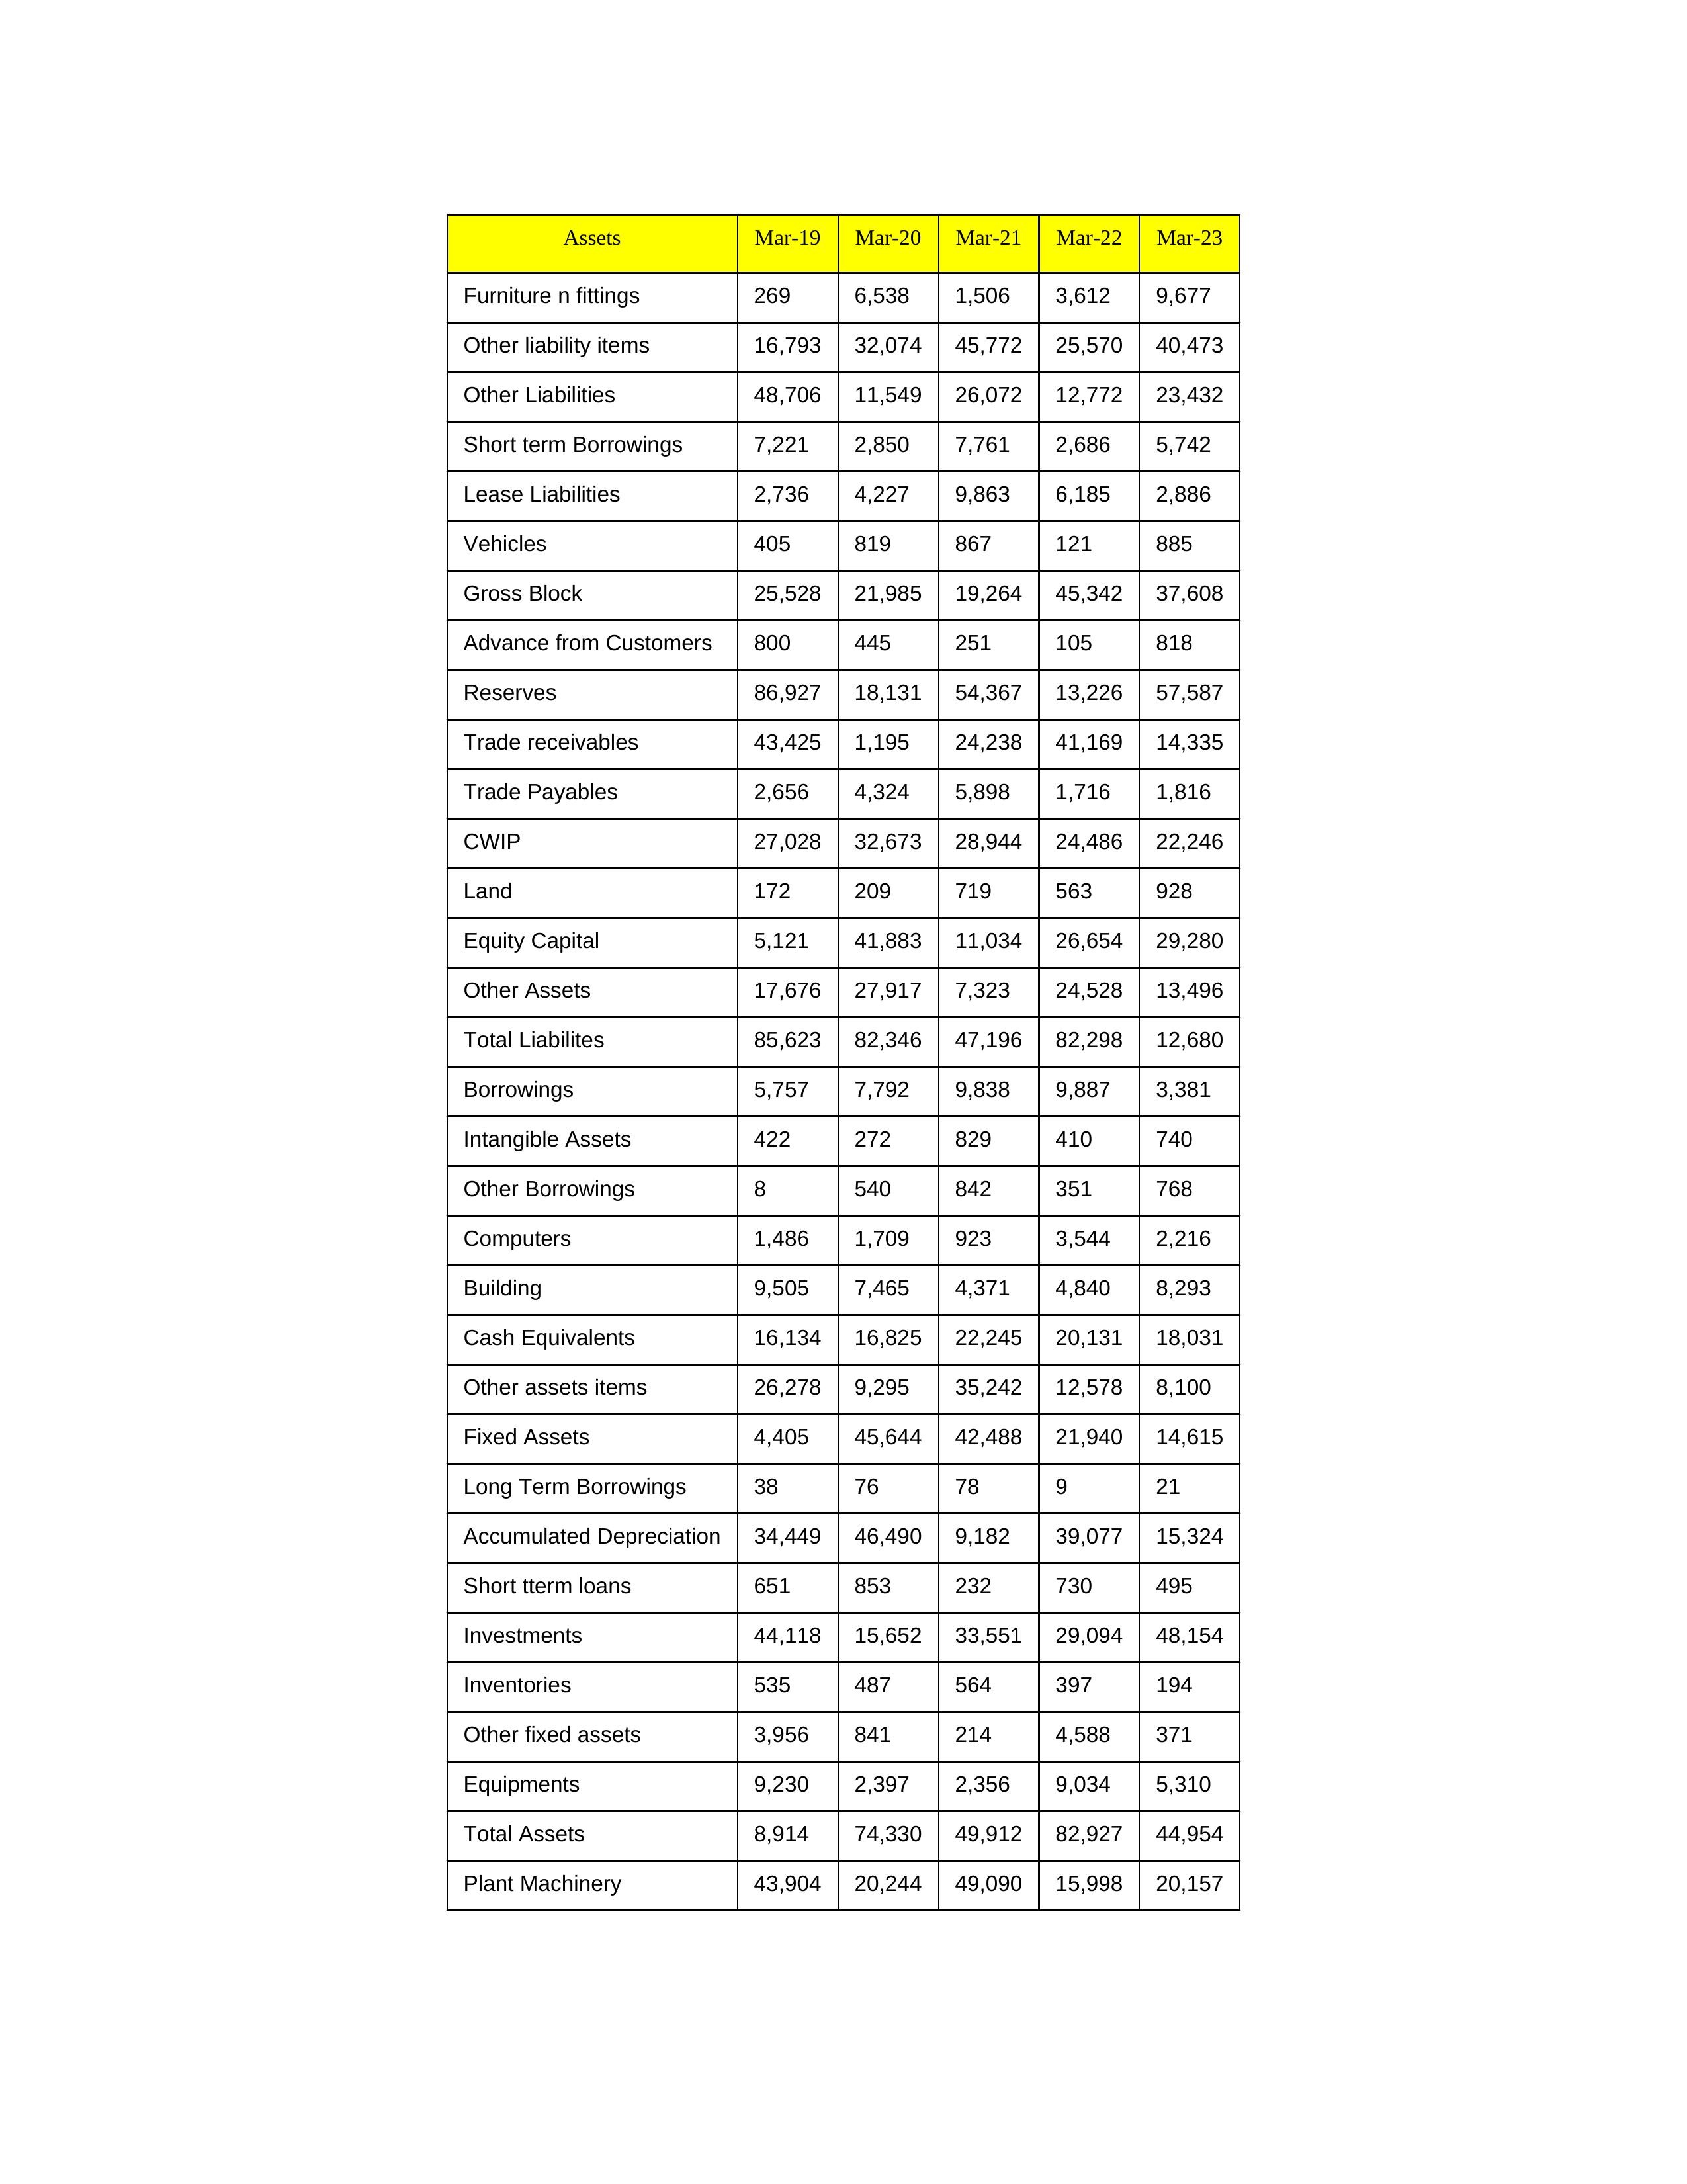
gt_parse: Mar-19: Equity Capital: 5,121
Reserves: 86,927
Borrowings: 5,757
Long Term Borrowings: 38
Short term Borrowings: 7,221
Lease Liabilities: 2,736
Other Borrowings: 8
Other Liabilities: 48,706
Trade Payables: 2,656
Advance from Customers: 800
Other liability items: 16,793
Total Liabilites: 85,623
Fixed Assets: 4,405
Land: 172
Building: 9,505
Plant Machinery: 43,904
Equipments: 9,230
Computers: 1,486
Furniture n fittings: 269
Vehicles: 405
Intangible Assets: 422
Other fixed assets: 3,956
Gross Block: 25,528
Accumulated Depreciation: 34,449
CWIP: 27,028
Investments: 44,118
Other Assets: 17,676
Inventories: 535
Trade receivables: 43,425
Cash Equivalents: 16,134
Short tterm loans: 651
Other assets items: 26,278
Total Assets: 8,914
Mar-20: Equity Capital: 41,883
Reserves: 18,131
Borrowings: 7,792
Long Term Borrowings: 76
Short term Borrowings: 2,850
Lease Liabilities: 4,227
Other Borrowings: 540
Other Liabilities: 11,549
Trade Payables: 4,324
Advance from Customers: 445
Other liability items: 32,074
Total Liabilites: 82,346
Fixed Assets: 45,644
Land: 209
Building: 7,465
Plant Machinery: 20,244
Equipments: 2,397
Computers: 1,709
Furniture n fittings: 6,538
Vehicles: 819
Intangible Assets: 272
Other fixed assets: 841
Gross Block: 21,985
Accumulated Depreciation: 46,490
CWIP: 32,673
Investments: 15,652
Other Assets: 27,917
Inventories: 487
Trade receivables: 1,195
Cash Equivalents: 16,825
Short tterm loans: 853
Other assets items: 9,295
Total Assets: 74,330
Mar-21: Equity Capital: 11,034
Reserves: 54,367
Borrowings: 9,838
Long Term Borrowings: 78
Short term Borrowings: 7,761
Lease Liabilities: 9,863
Other Borrowings: 842
Other Liabilities: 26,072
Trade Payables: 5,898
Advance from Customers: 251
Other liability items: 45,772
Total Liabilites: 47,196
Fixed Assets: 42,488
Land: 719
Building: 4,371
Plant Machinery: 49,090
Equipments: 2,356
Computers: 923
Furniture n fittings: 1,506
Vehicles: 867
Intangible Assets: 829
Other fixed assets: 214
Gross Block: 19,264
Accumulated Depreciation: 9,182
CWIP: 28,944
Investments: 33,551
Other Assets: 7,323
Inventories: 564
Trade receivables: 24,238
Cash Equivalents: 22,245
Short tterm loans: 232
Other assets items: 35,242
Total Assets: 49,912
Mar-22: Equity Capital: 26,654
Reserves: 13,226
Borrowings: 9,887
Long Term Borrowings: 9
Short term Borrowings: 2,686
Lease Liabilities: 6,185
Other Borrowings: 351
Other Liabilities: 12,772
Trade Payables: 1,716
Advance from Customers: 105
Other liability items: 25,570
Total Liabilites: 82,298
Fixed Assets: 21,940
Land: 563
Building: 4,840
Plant Machinery: 15,998
Equipments: 9,034
Computers: 3,544
Furniture n fittings: 3,612
Vehicles: 121
Intangible Assets: 410
Other fixed assets: 4,588
Gross Block: 45,342
Accumulated Depreciation: 39,077
CWIP: 24,486
Investments: 29,094
Other Assets: 24,528
Inventories: 397
Trade receivables: 41,169
Cash Equivalents: 20,131
Short tterm loans: 730
Other assets items: 12,578
Total Assets: 82,927
Mar-23: Equity Capital: 29,280
Reserves: 57,587
Borrowings: 3,381
Long Term Borrowings: 21
Short term Borrowings: 5,742
Lease Liabilities: 2,886
Other Borrowings: 768
Other Liabilities: 23,432
Trade Payables: 1,816
Advance from Customers: 818
Other liability items: 40,473
Total Liabilites: 12,680
Fixed Assets: 14,615
Land: 928
Building: 8,293
Plant Machinery: 20,157
Equipments: 5,310
Computers: 2,216
Furniture n fittings: 9,677
Vehicles: 885
Intangible Assets: 740
Other fixed assets: 371
Gross Block: 37,608
Accumulated Depreciation: 15,324
CWIP: 22,246
Investments: 48,154
Other Assets: 13,496
Inventories: 194
Trade receivables: 14,335
Cash Equivalents: 18,031
Short tterm loans: 495
Other assets items: 8,100
Total Assets: 44,954